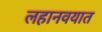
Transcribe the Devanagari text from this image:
लहानवयात